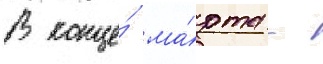
В конце́ ма́рта -